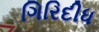
ગિરિદીધ